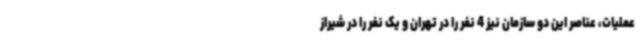
عملیات، عناصر این دو سازمان نیز 4 نفر را در تهران و یک نفر را در شیراز